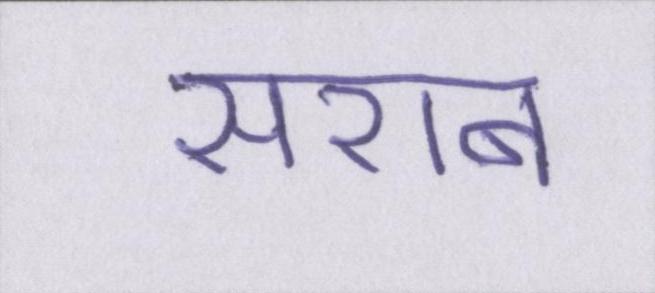
सराब